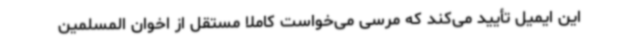
این ایمیل تأیید می‌کند که مرسی می‌خواست کاملاً مستقل از اخوان المسلمین